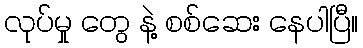
လုပ်မှု တွေ နဲ့ စစ်ဆေး နေပါပြီ။